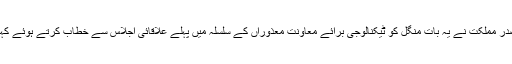
صدر مملکت نے یہ بات منگل کو ٹیکنالوجی برائے معاونت معذوراں کے سلسلہ میں پہلے علاقائی اجلاس سے خطاب کرتے ہوئے کہی۔